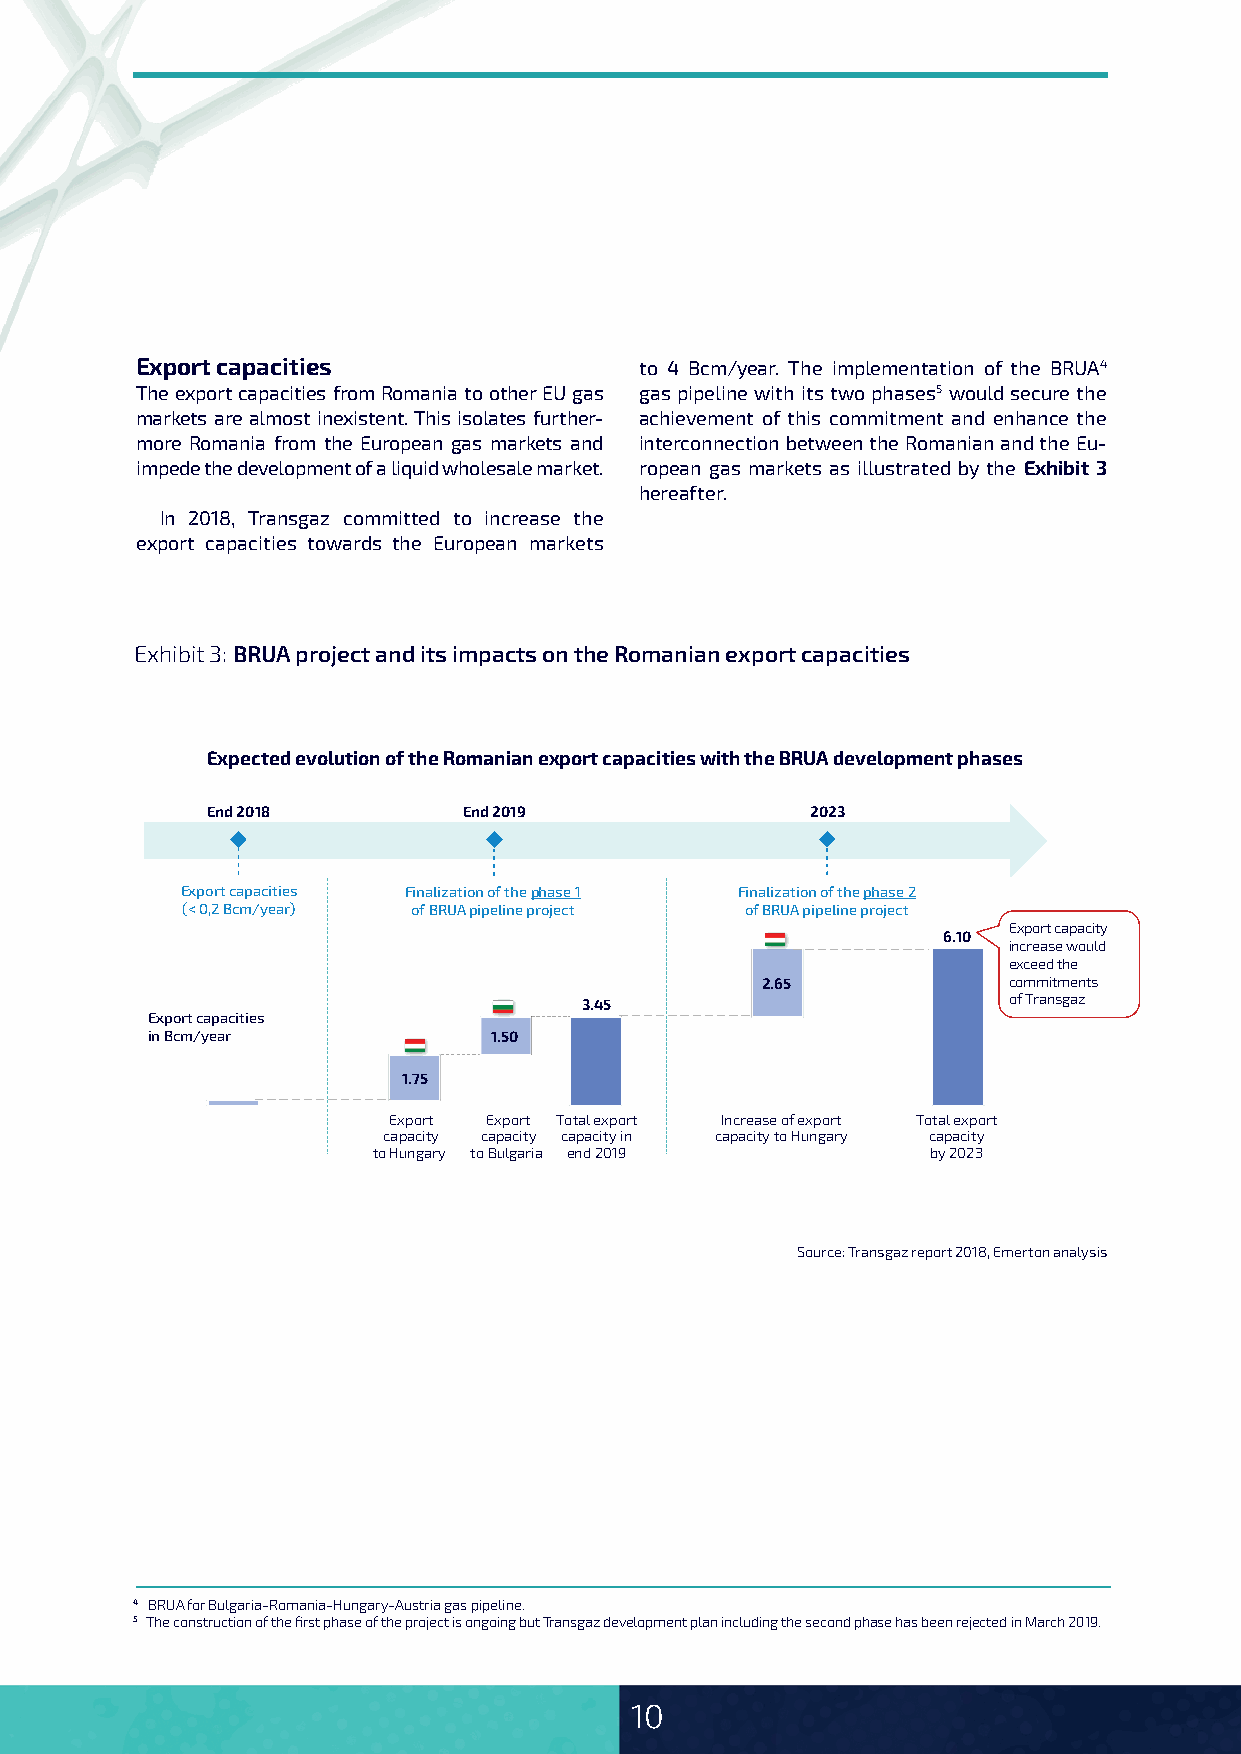
Export capacities                to 4 Bcm/year. The implementation of the BRUA4
 The export capacities from Romania to other EU gas gas pipeline with its two phases5 would secure the
 markets are almost inexistent. This isolates further- achievement of this commitment and enhance the
 more Romania from the European gas markets and interconnection between the Romanian and the Eu-
 impede the development of a liquid wholesale market. ropean gas markets as illustrated by the Exhibit 3
 hereafter.
 In 2018, Transgaz committed to increase the
 export capacities towards the European markets
 Exhibit 3: BRUA project and its impacts on the Romanian export capacities
 Expected evolution of the Romanian export capacities with the BRUA development phases
 End 2018         End 2019               2023
 Export capacities Finalization of the phase 1 Finalization of the phase 2
 (< 0,2 Bcm/year) of BRUA pipeline project of BRUA pipeline project
 Export capacity
 6.10
 increase would
 exceed the
 2.65             commitments
 3.45                         of Transgaz
 Export capacities
 in Bcm/year           1.50
 1.75
 Export Export Total export Increase of export Total export
 capacity capacity capacity in capacity to Hungary capacity
 to Hungary to Bulgaria end 2019      by 2023
 Source: Transgaz report 2018, Emerton analysis
 4 BRUA for Bulgaria-Romania-Hungary-Austria gas pipeline.
 5 The construction of the first phase of the project is ongoing but Transgaz development plan including the second phase has been rejected in March 2019.
 10